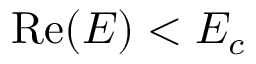
\mathrm { { R e } } ( E ) < E _ { c }